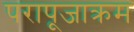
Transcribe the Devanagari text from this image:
परापूजाक्रम